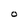
Character: O